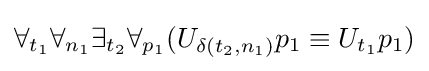
\forall _{t_{1}}\forall _{n_{1}}\exists _{t_{2}}\forall _{p_{1}}(U_{\delta (t_{2},n_{1})}p_{1}\equiv U_{t_{1}}p_{1})